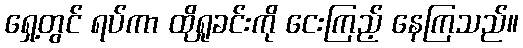
ရှေ့တွင် ရပ်ကာ ထိုရှုခင်းကို ငေးကြည့် နေကြသည်။